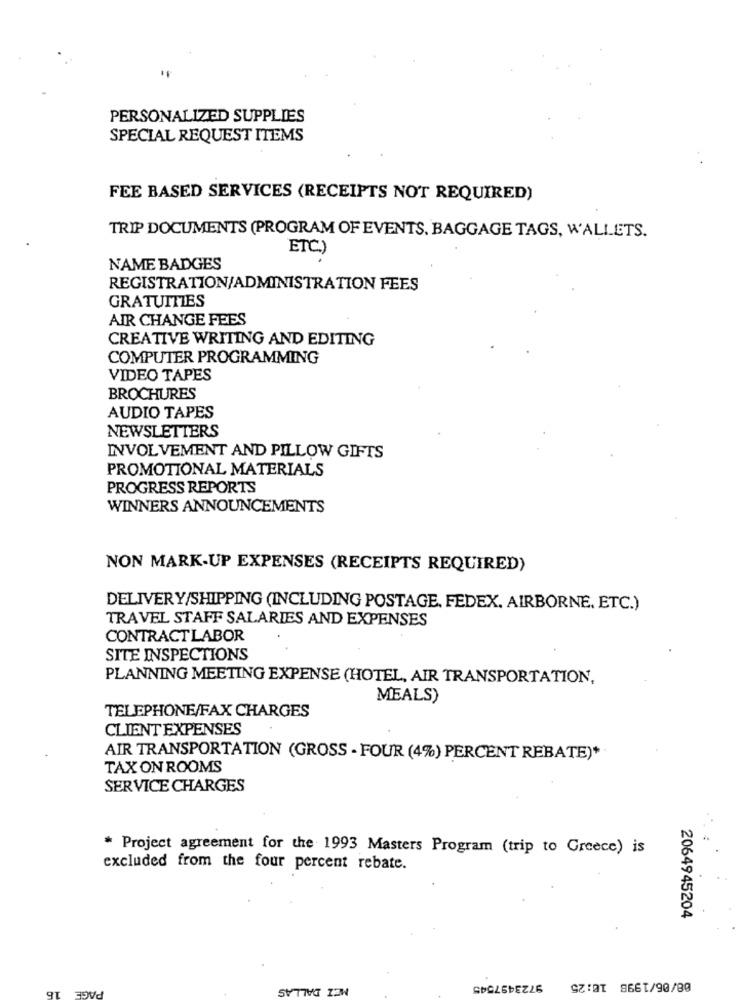
PERSONALIZED SUPPLIES
SPECIAL REQUEST ITEMS
FEE BASED SERVICES (RECEIPTS NOT REQUIRED)
TRIP DOCUMENTS (PROGRAM OF EVENTS. BAGGAGE TAGS, WALLETS.
ETC.)
NAME BADGES
REGISTRATION/ADMINISTRATION FEES
GRATUITIES
AIR CHANGE FEES
CREATIVE WRITING AND EDITING
COMPUTER PROGRAMMING
VIDEO TAPES
BROCHURES
AUDIO TAPES
NEWSLETTERS
INVOLVEMENT AND PILLOW GIFTS
PROMOTIONAL MATERIALS
PROGRESS REPORTS
WINNERS ANNOUNCEMENTS
NON MARK-UP EXPENSES (RECEIPTS REQUIRED)
DELIVERY/SHIPPING (INCLUDING POSTAGE, FEDEX. AIRBORNE, ETC.)
TRAVEL STAFF SALARIES AND EXPENSES
CONTRACTLABOR
SITE INSPECTIONS
PLANNING MEETING EXPENSE (HOTEL, AIR TRANSPORTATION,
MEALS)
TELEPHONE/FAX CHARGES
CLIENT EXPENSES
AIR TRANSPORTATION (GROSS - FOUR (4%) PERCENT REBATE)*
TAX ON ROOMS
SERVICE CHARGES
* Project agreement for the 1993 Masters Program (trip to Greece) is
excluded from the four percent rebate.
2064945204
PAGE
MEI DALLAS
9723497545
08/06/1998 10:25